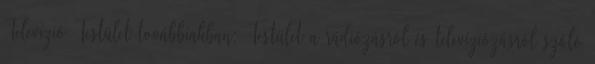
Televízió Testület továbbiakban: Testület a rádiózásról és televíziózásról szóló